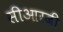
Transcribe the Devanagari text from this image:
सीआरजी